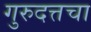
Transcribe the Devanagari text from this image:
गुरुदत्तचा